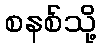
စနစ်သို့